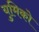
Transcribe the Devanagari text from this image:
युमिको